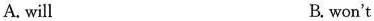
A. will B. won't